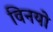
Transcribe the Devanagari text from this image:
विनयो